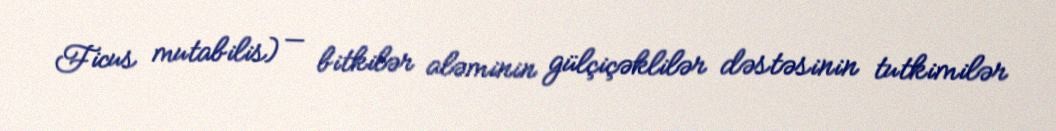
Ficus mutabilis) — bitkilər aləminin gülçiçəklilər dəstəsinin tutkimilər